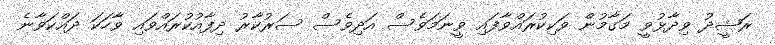
ރަޝީދު ވިދާޅުވީ މަގާމުން ވަކިކުރައްވާފައި ވީނަމަވެސް އަދިވެސް ސަރުކާރު ދިފާއުކުރައްވައި ވާހަކަ ދައްކަވާނެ